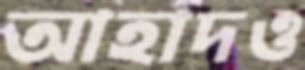
আহাদও